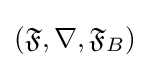
({\mathfrak {F}},\nabla ,{\mathfrak {F}}_{B})